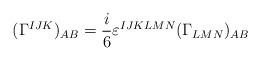
LaTeX: \begin{align*}(\Gamma ^{IJK})_{AB} = \frac{i}{6}\varepsilon ^{IJKLMN} (\Gamma_{LMN})_{AB} \end{align*}